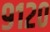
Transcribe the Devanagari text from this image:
९१२०